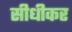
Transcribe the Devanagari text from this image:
सीधीकर